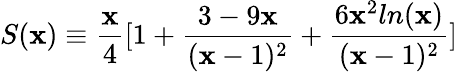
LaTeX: S(\mathbf{x})\equiv\frac{{\mathbf{x}}}{{4}}[1+\frac{{3-9\mathbf{x}}}{{(\mathbf{x}-1)^{2}}}+\frac{{6\mathbf{x}^{2}ln(\mathbf{x})}}{{(\mathbf{x}-1)^{2}}}]